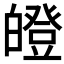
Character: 𤾢